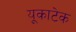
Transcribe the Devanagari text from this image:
यूकाटेक